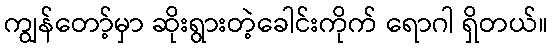
ကျွန်တော့်မှာ ဆိုးရွားတဲ့ခေါင်းကိုက် ရောဂါ ရှိတယ်။